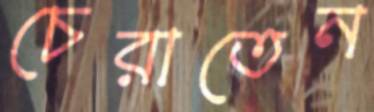
চেরাতেন